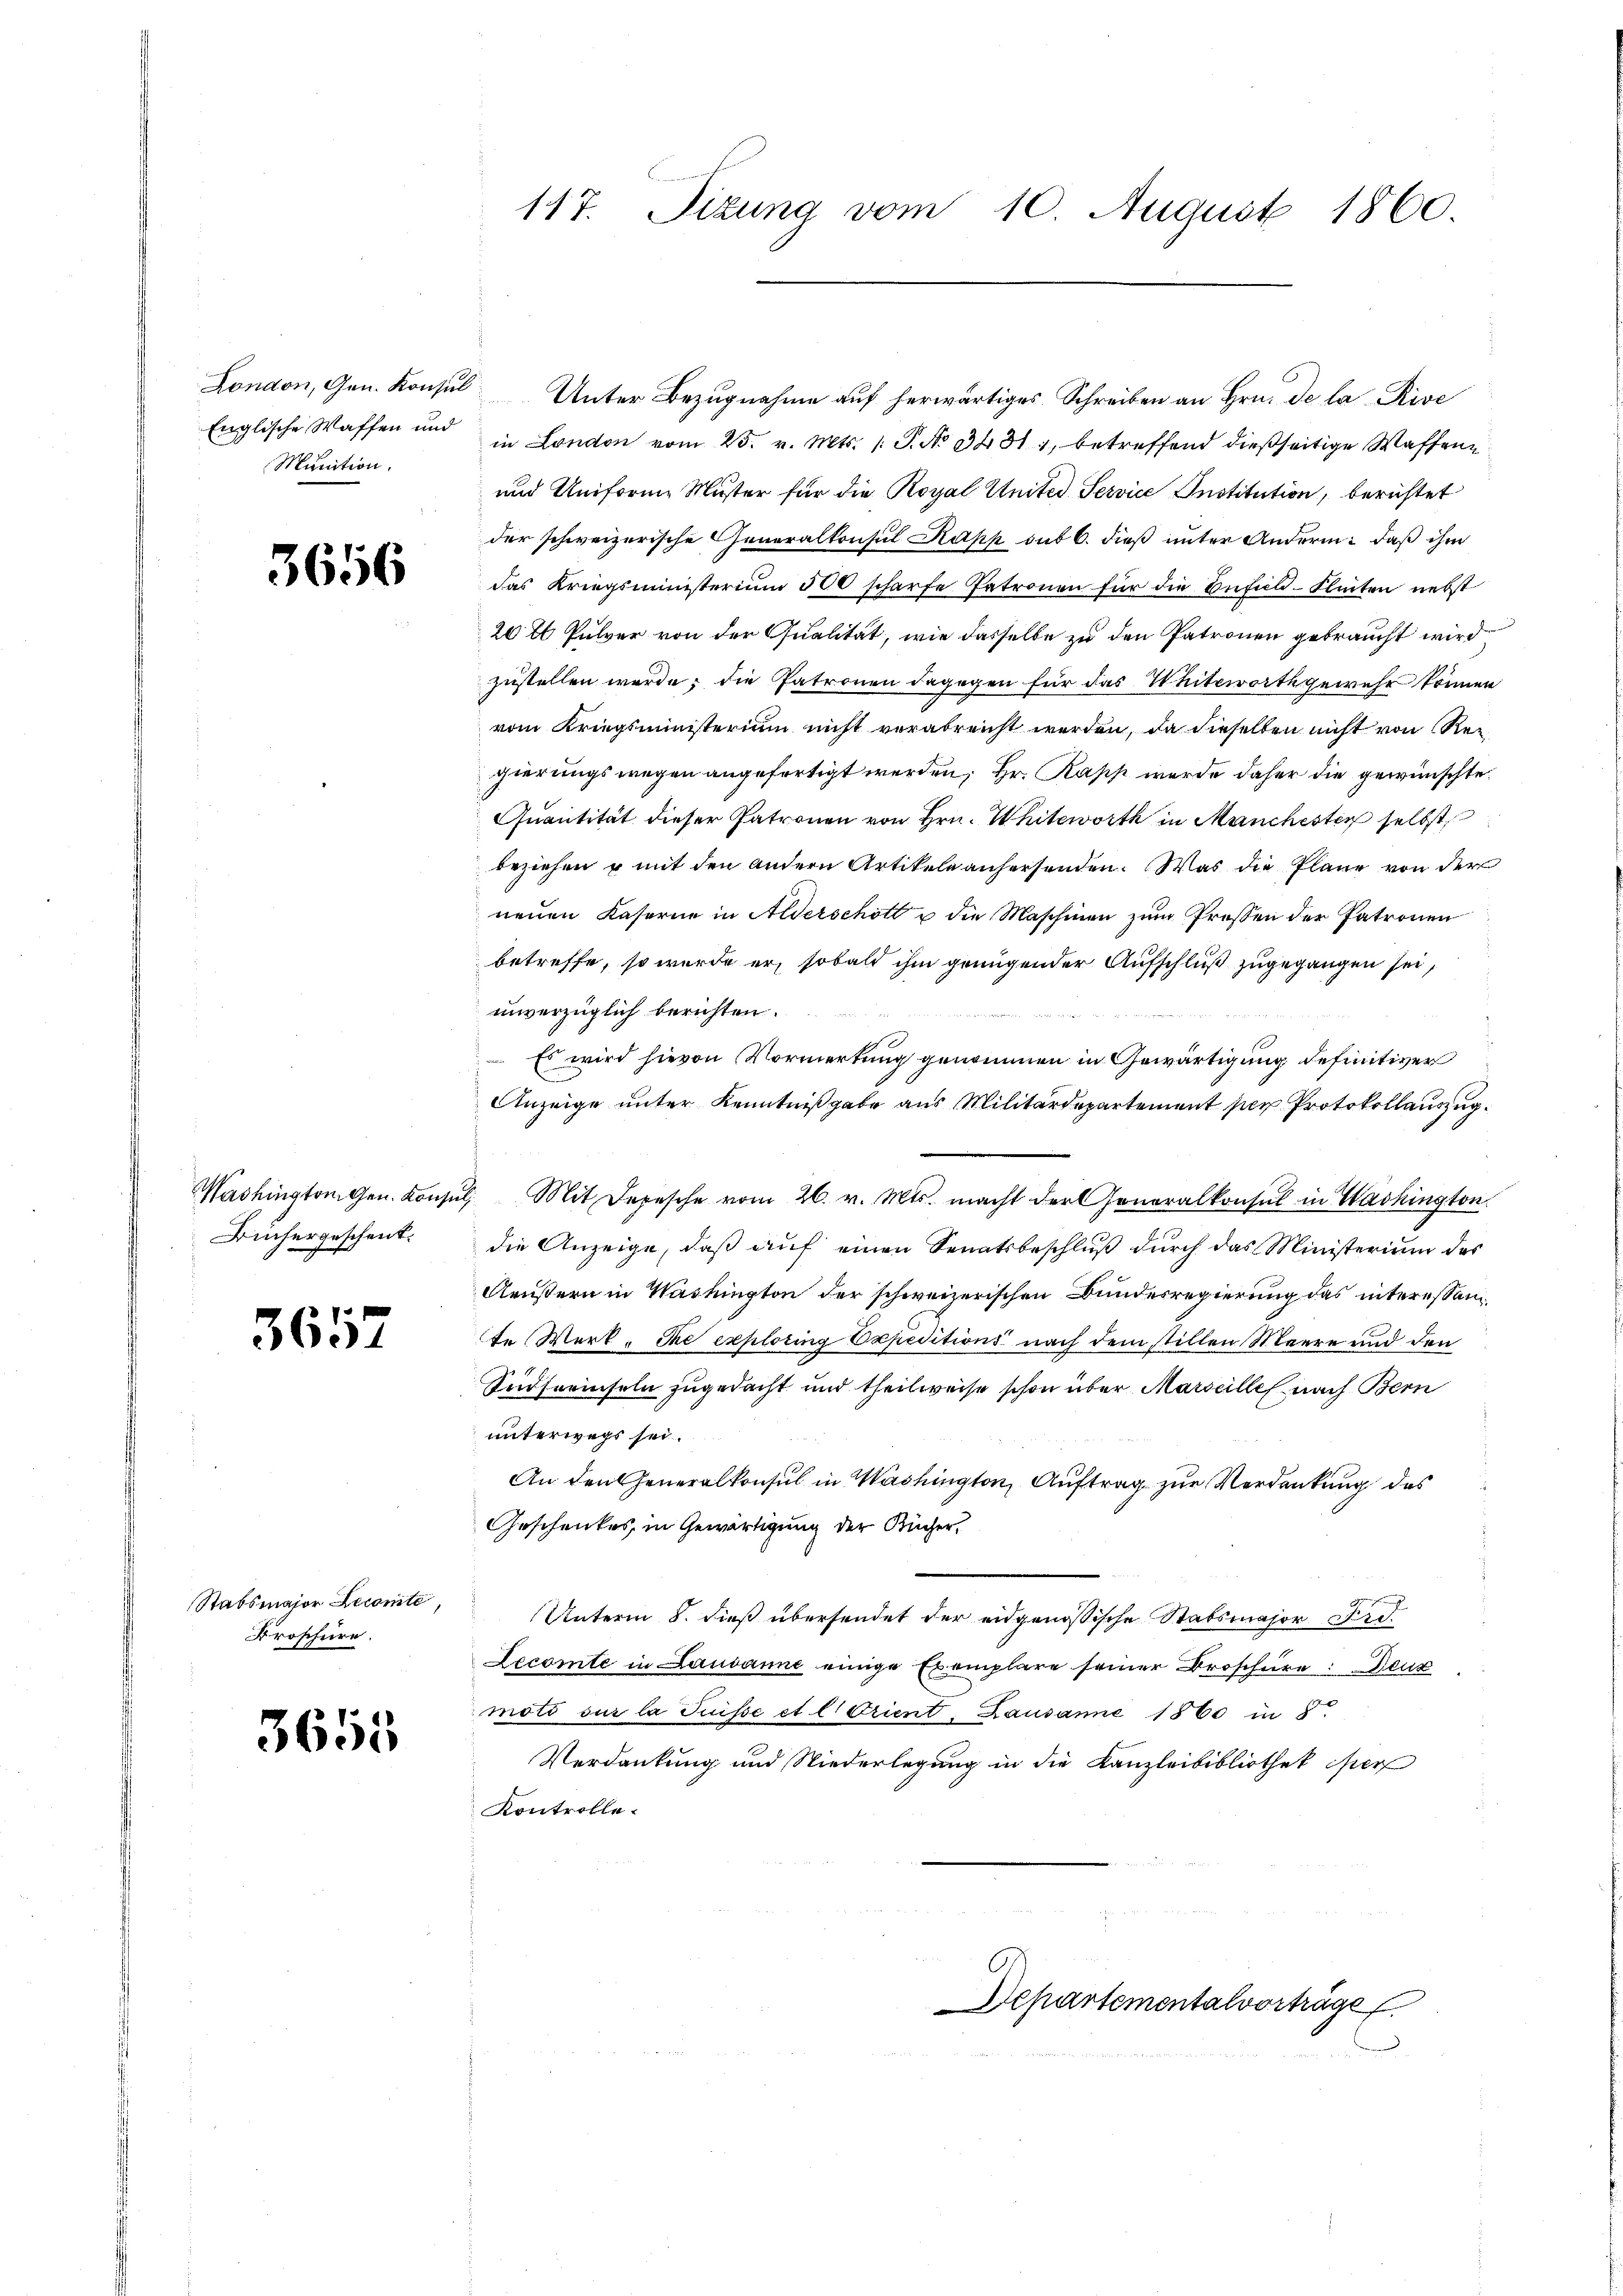
London, Gen. Konsul
Englische Waffen und
Munition.

3656

Washington Gen. Konsul
Büchergeschenk.

3657

Stabsmajor Lecomite,
Kroschüre.

3655

117. Sizung vom 10. August 1860.

Unter Bezugnahme auf herwärtiges Schreiben an Hrn. De la Rive
in London vom 25. v. Mts. /: P. No 3431, betreffend dießseitige Waffen¬
und Uniforme Muster für die Royal United. Service Institution, berichtet
der schweizerische Generalkonsul Kapp sub 6. dieß unter Andern: daß ihm
das Kriegsministerium 500 scharfe Patronen für die Befeld-Klinten nebst
20 ll Pulver von der Qualität, wie dasselbe zu den Patronen gebraucht wird
zustellen werde; die Patronen dagegen für das Wittwerth gewehr können
vom Kriegsministerium nicht verabreicht werden, da dieselben nicht von Regierungswegen angefertigt werden; Hr. Kass werde daher die gewünschte
Quantität dieser Patronen von Hrn. Witwort in Manchester selbst
beziehen u mit den andern Artikeln anhersenden. Was die Pläne von der
neuen Kaserne in Alderschott u die Maschinen zum Pressen der Patronen
betreffe, so wurde er, sobald ihm grungender Aufschluß zugegangen sei,
unverzüglich berichten.
 Es wird hievon Vormerkung genommen in Gewärtigung definitiver
Anzeige unter Kenntnißgabe aus Militärdepartement per Protokollauszug.
Mit Depesche vom 26. v. Mts. macht der Generalkonsul in Washington
die Anzeige, daß auf einen Senatsbeschluß durch das Ministerium das
Aeustern in Washington der schweizerischen Bundesregierung das interessam
te Werk. Se exploting Expeditions nach dem stillen Meere und den
Südseeinseln zugedacht und theilweise schon über Marseille nach Bern
unterwegs sei.
An den Generalkonsul in Washington, Auftrag zur Verdankung des
Geschenkes, in Gewärtigung der Kücher,
Unterm 8. dieß übersendet der eidgenößische Stabsmajor Fid
Lecomte in Lausanne einige Exemplare seiner Broschüre: Denz
moti sur la Suisse et l. Orient. Lausanne 1860 in §
Verdankung und Niederlegung in die Kanzleibibliothek er
Kontrolle.

Departementalvorträge